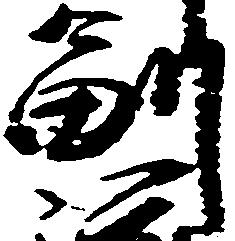
副